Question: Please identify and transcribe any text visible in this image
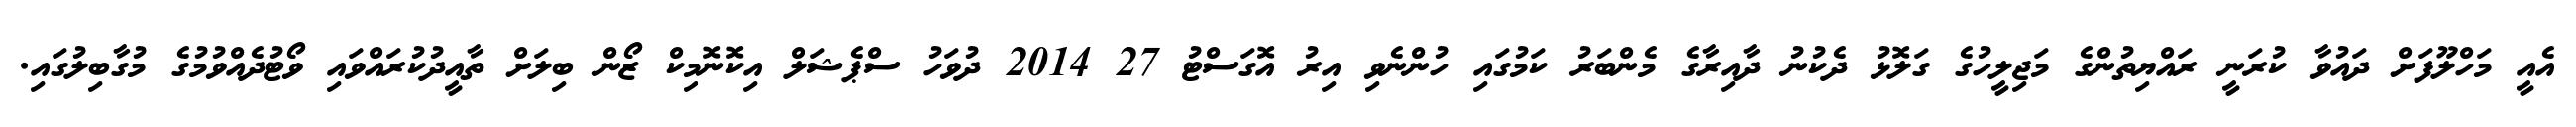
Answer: އެއީ މަހްލޫފަށް ދައުވާ ކުރަނީ ރައްޔިތުންގެ މަޖިލީހުގެ ގަލޮޅު ދެކުނު ދާއިރާގެ މެންބަރު ކަމުގައި ހުންނެވި އިރު އޮގަސްޓު 27 2014 ދުވަހު ސްޕެޝަލް އިކޮނޮމިކް ޒޯން ބިލަށް ތާއީދުކުރައްވައި ވޯޓުދެއްވުމުގެ މުގާބިލުގައި.